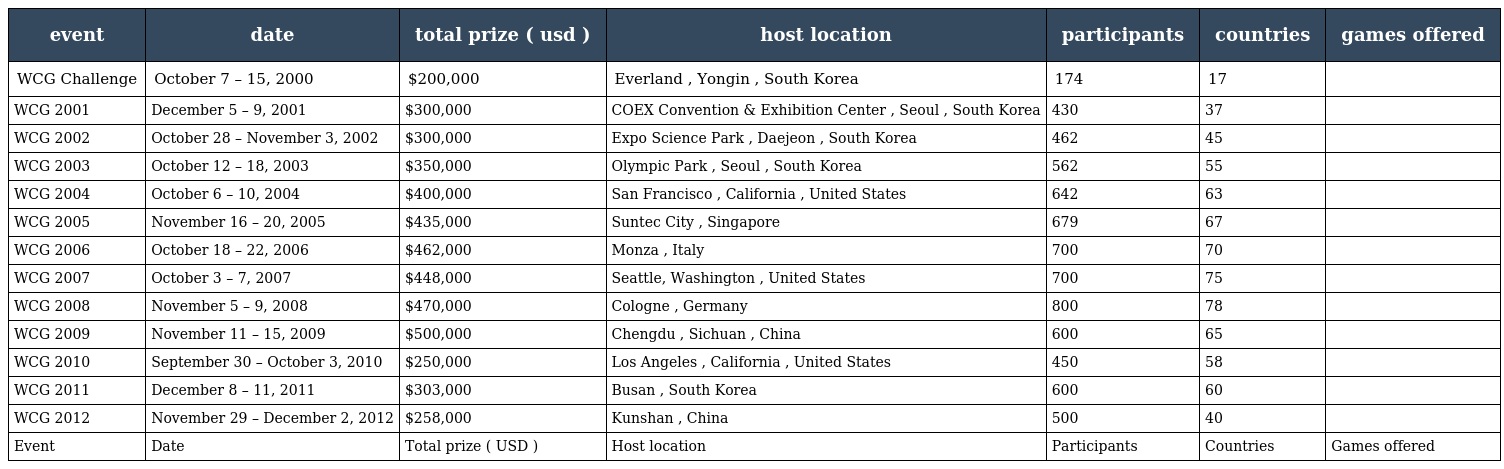
| event | date | total prize ( usd ) | host location | participants | countries | games offered |
 | --- | --- | --- | --- | --- | --- | --- |
 | WCG Challenge | October 7 – 15, 2000 | $200,000 | Everland , Yongin , South Korea | 174 | 17 |  |
 | WCG 2001 | December 5 – 9, 2001 | $300,000 | COEX Convention & Exhibition Center , Seoul , South Korea | 430 | 37 |  |
 | WCG 2002 | October 28 – November 3, 2002 | $300,000 | Expo Science Park , Daejeon , South Korea | 462 | 45 |  |
 | WCG 2003 | October 12 – 18, 2003 | $350,000 | Olympic Park , Seoul , South Korea | 562 | 55 |  |
 | WCG 2004 | October 6 – 10, 2004 | $400,000 | San Francisco , California , United States | 642 | 63 |  |
 | WCG 2005 | November 16 – 20, 2005 | $435,000 | Suntec City , Singapore | 679 | 67 |  |
 | WCG 2006 | October 18 – 22, 2006 | $462,000 | Monza , Italy | 700 | 70 |  |
 | WCG 2007 | October 3 – 7, 2007 | $448,000 | Seattle, Washington , United States | 700 | 75 |  |
 | WCG 2008 | November 5 – 9, 2008 | $470,000 | Cologne , Germany | 800 | 78 |  |
 | WCG 2009 | November 11 – 15, 2009 | $500,000 | Chengdu , Sichuan , China | 600 | 65 |  |
 | WCG 2010 | September 30 – October 3, 2010 | $250,000 | Los Angeles , California , United States | 450 | 58 |  |
 | WCG 2011 | December 8 – 11, 2011 | $303,000 | Busan , South Korea | 600 | 60 |  |
 | WCG 2012 | November 29 – December 2, 2012 | $258,000 | Kunshan , China | 500 | 40 |  |
 | Event | Date | Total prize ( USD ) | Host location | Participants | Countries | Games offered |